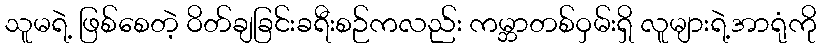
သူမရဲ့ ဖြစ်စေတဲ့ ဝိတ်ချခြင်းခရီးစဉ်ကလည်း ကမ္ဘာတစ်ဝှမ်းရှိ လူများရဲ့အာရုံကို